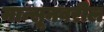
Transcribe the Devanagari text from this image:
मान्सूनवरील